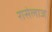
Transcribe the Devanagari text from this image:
रासेलाज